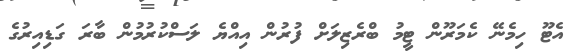
އެޓޫ ހިމެނޭ ކެމަރޫން ޓީމު ބްރެޒިލަށް ފުރުން އިއްޔެ ލަސްކުރުމުން ބާރަ ގަޑިއިރުގެ